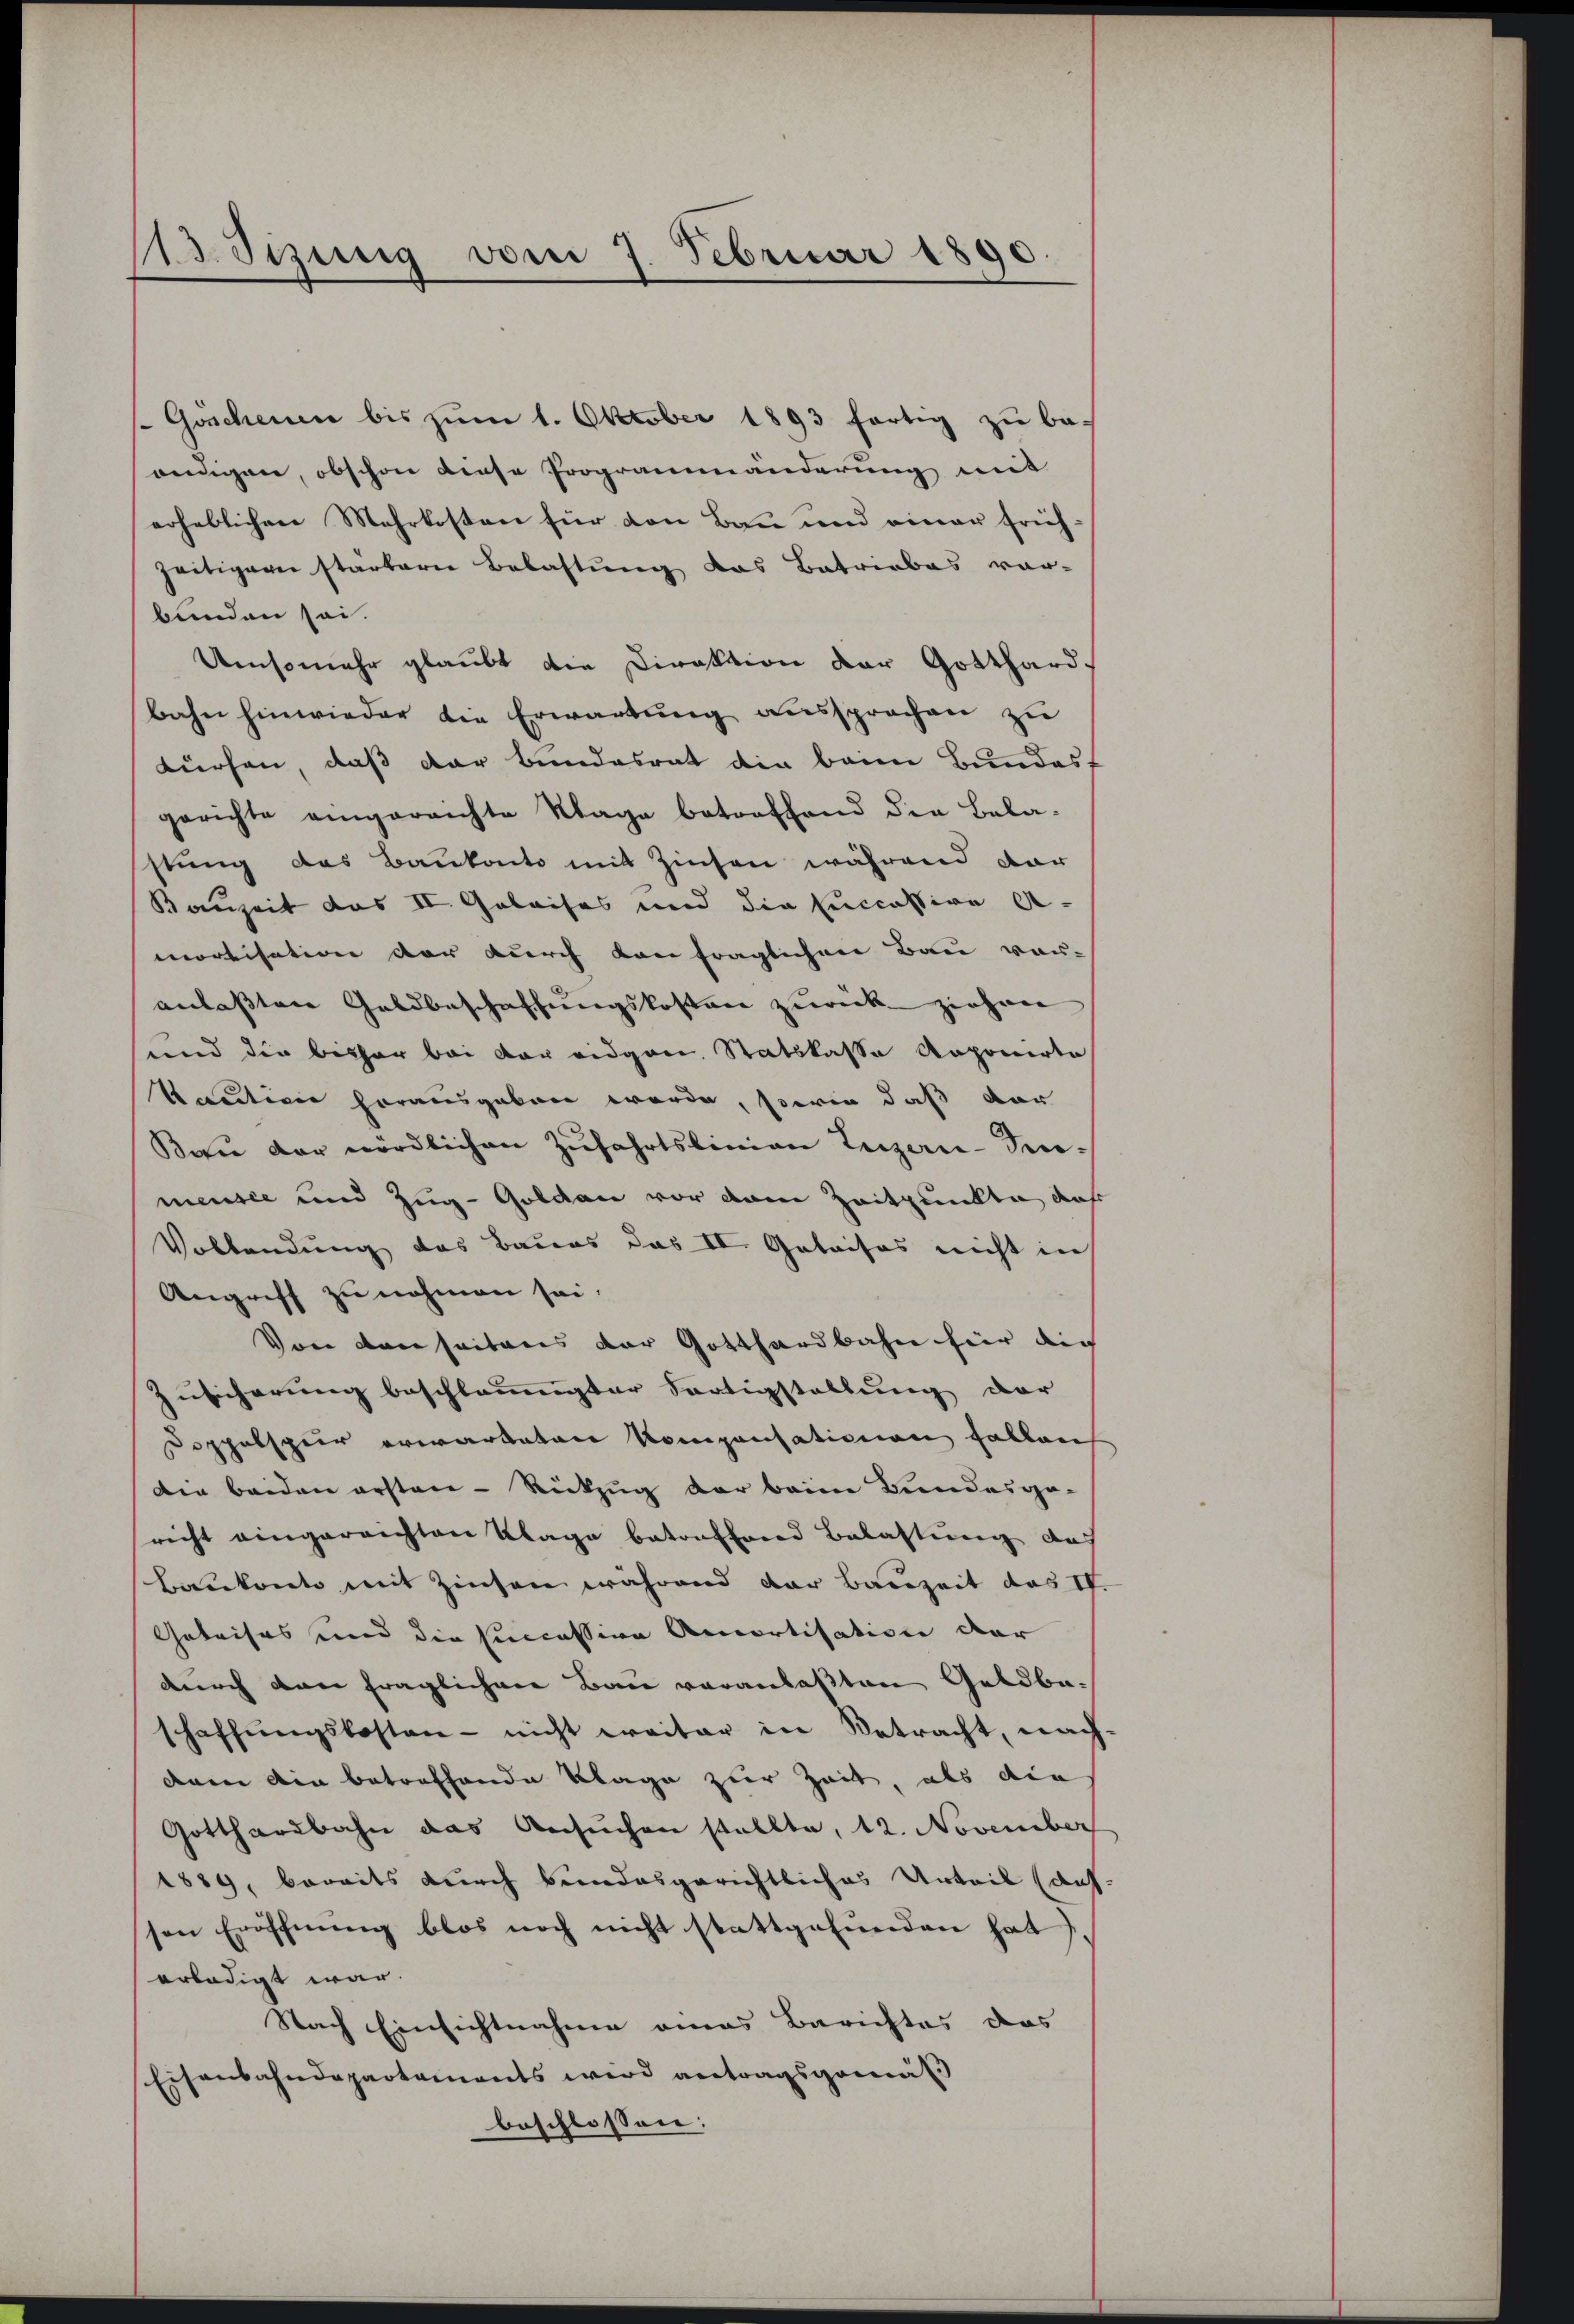
Adizung vom 7. Februar 1890

Göschenen bis zum 1. Oktober 1893 fortig zu be-
endigen, obschon diese Programmänderung mit
erheblichen Mehrkosten für den Bau und einer frühzeitiger starbern Belastung das Betriebes vor-
bunden sei.
Umsomehr glaubt die Direktion der Gotthard,
bahn hinwieder die Erwartung aussprachen zu
dürfen, daß der Bundesrat die beim Bundesf
gerichte eingereichte Klage betreffend die Bela-
stung das Baukonto mit Zinsen während dar
Bauzeit des II. Geleises und die Euccassive A-
mortisation der durch konfraglichen Bau vor-
anlaßten Geldbeschaffungskosten zurück ziehen
und die bisher bei der eidgen. Statskassa Aoponirte
kaution herausgeben werde, sowie daß dar
Bau der nördlichen Zŭfahrtslinian Luzern-Penmensee und Zug-Goldau vor den Zeitpunkte das
Vollendung das Baues das II. Geleises nicht in
Angriff zu nehmen sei.
Von den seitens der Gotthardbahn für die
Zusicherung beschleunigter Fortigstellung der
Doppelspur erwarteten Kompensationen fallens
Die beiden ersten - Rückzug der beim Bundesgo-
richt eingereichten Klage betreffend Belastung des
Baukonto mit Zinsen während der Bauzeit des IV.
Geleises und die succession Amortisation der
durch dann fraglichere Bau veranlaßten Geldbaschaffungskosten - nicht weiter in Betracht, nach
dnn die betreffende Klage zur Zeit, als die
Gotthardbahn das Ansuchen stellte, 12. November
1889, bereits durch bundesgerichtliches Urteil (auf
sen Eröffnung blos noch nicht stattgefunden hat.
erledigt war.
Nach Einsichtnahme eines Berichtes das
Eisenbahndepartaments wird antragsgemäß
beschlossen: